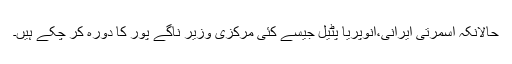
حالانکہ اسمرتی ایرانی،انوپریا پٹیل جیسے کئی مرکزی وزیر ناگے پور کا دورہ کر چکے ہیں۔